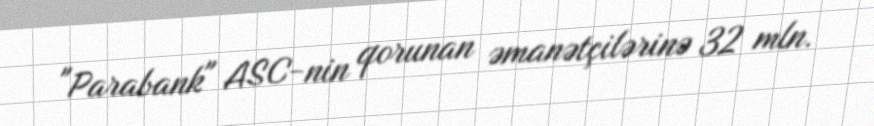
"Parabank" ASC-nin qorunan əmanətçilərinə 32 mln.